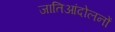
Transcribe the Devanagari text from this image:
जातिआंदोलनों